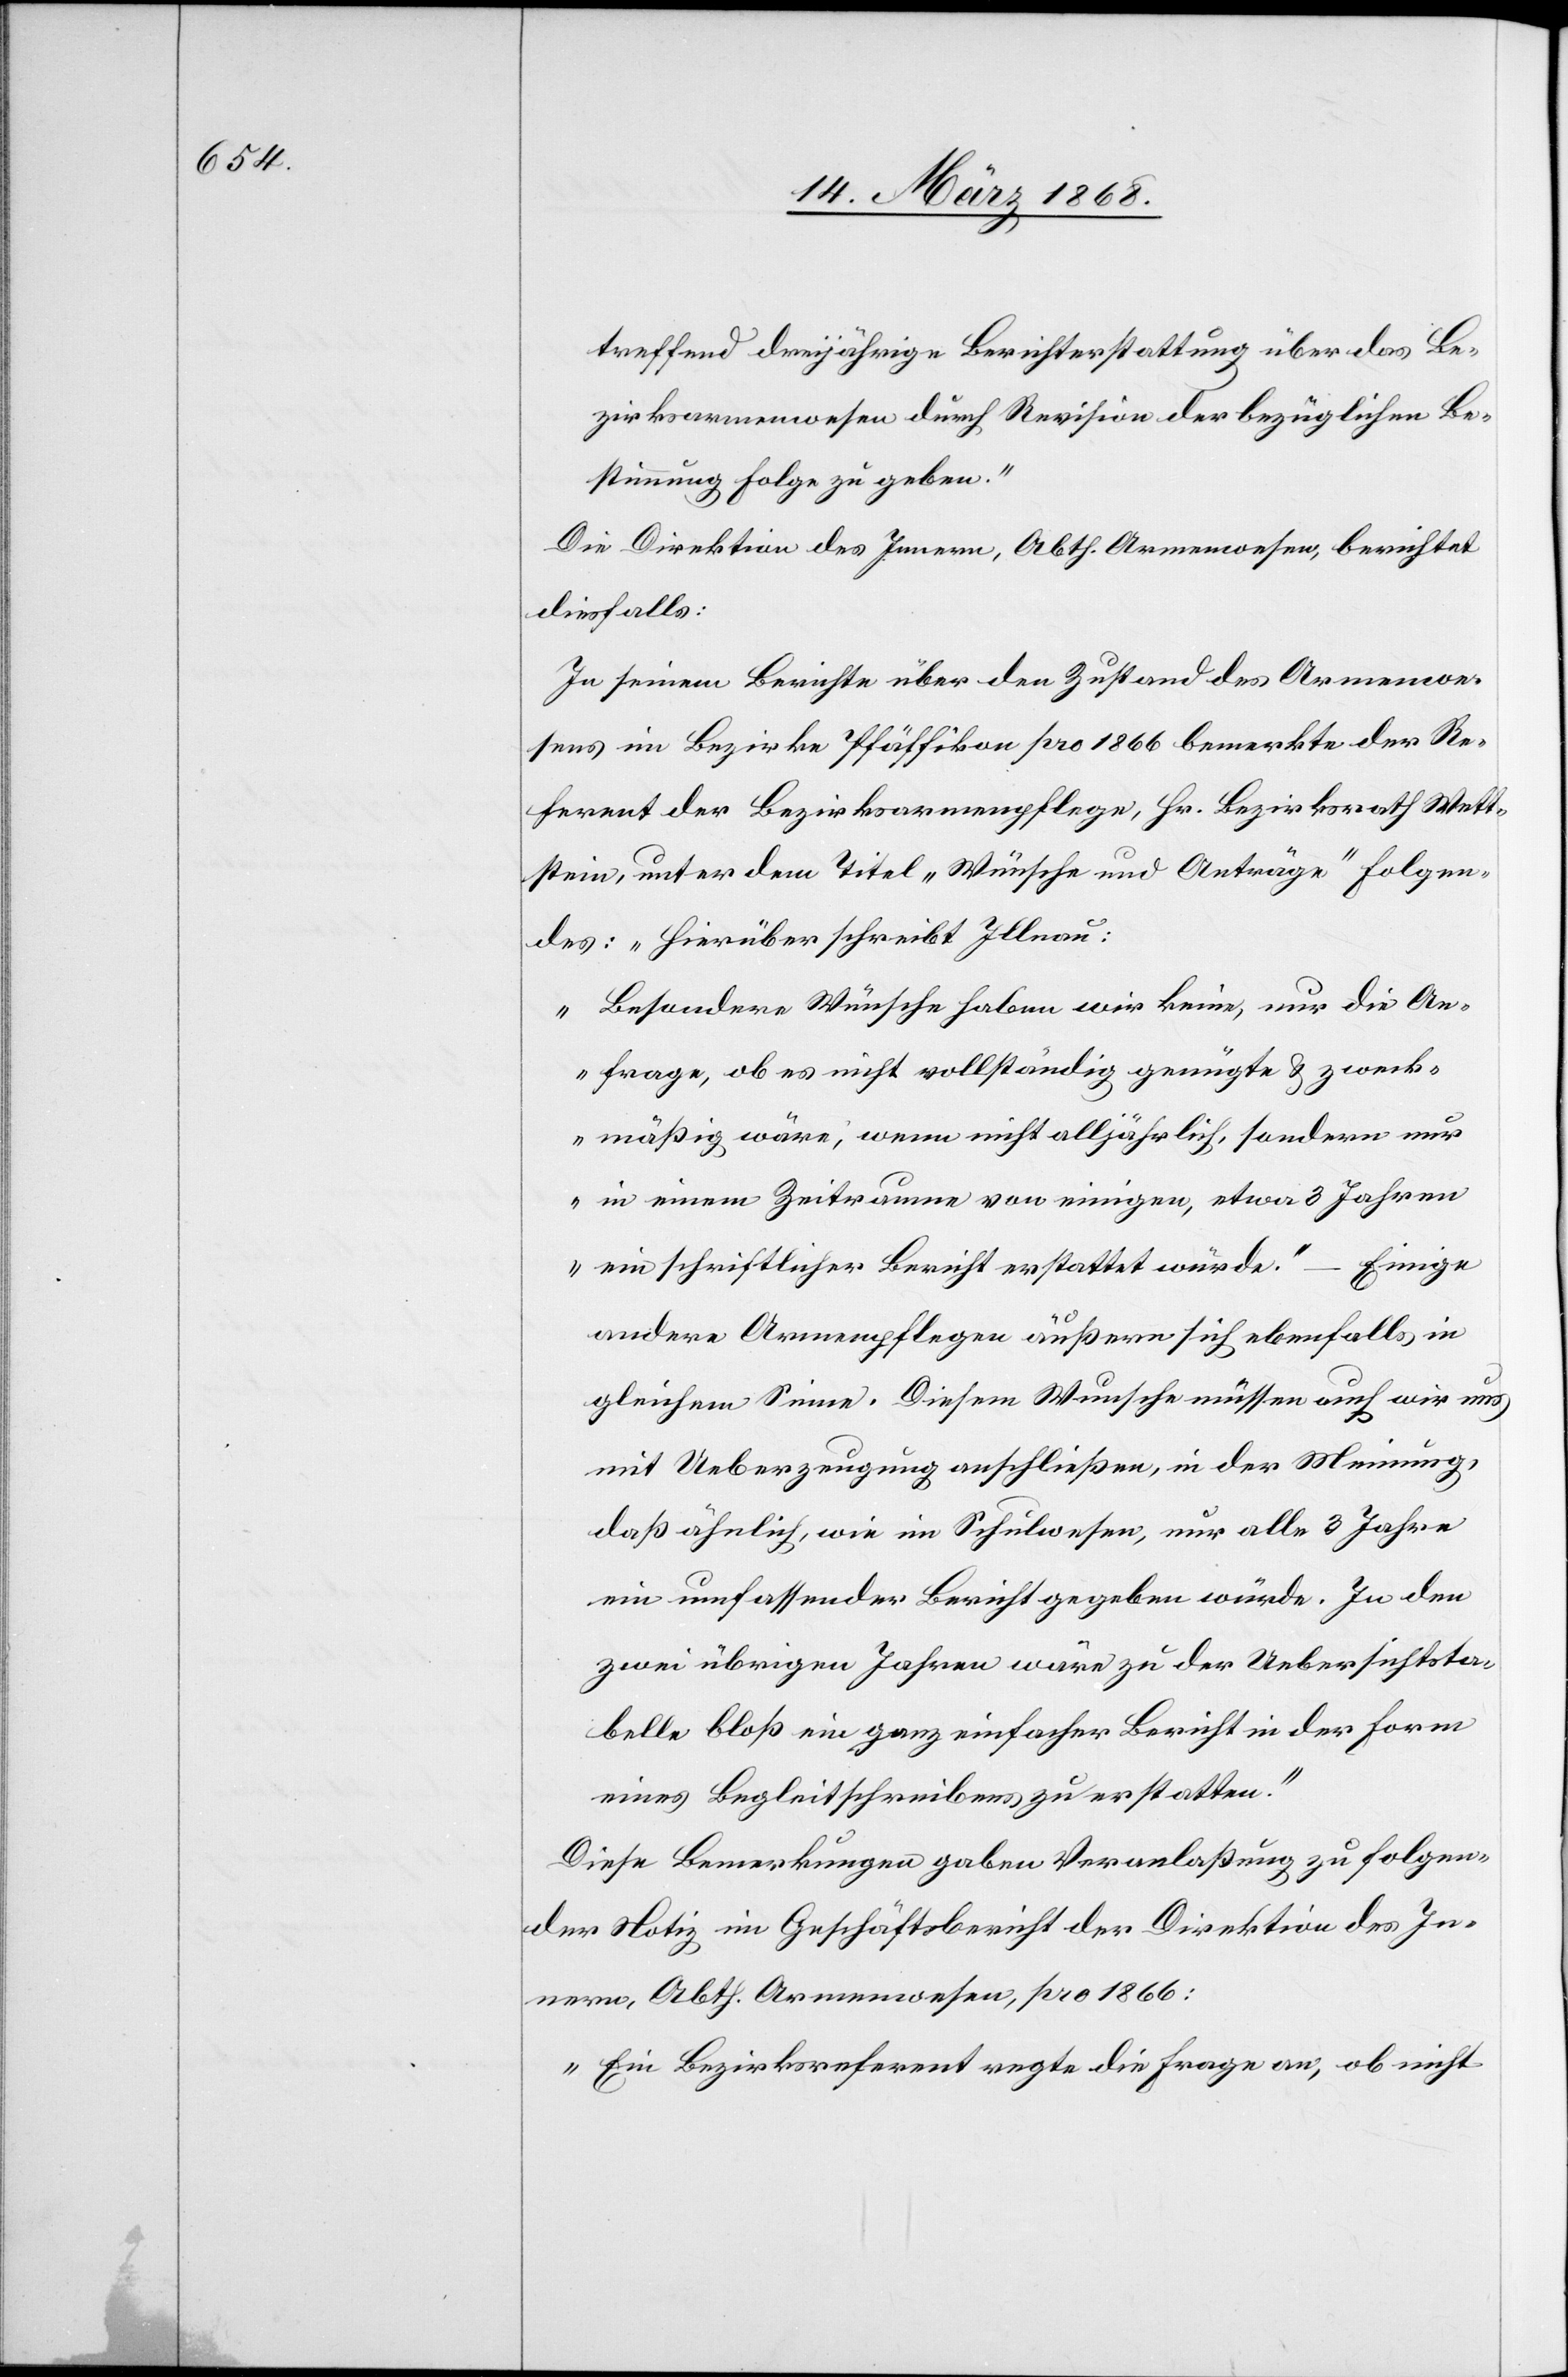
treffend dreijährige Berichterstattung über das Be¬
zirksarmenwesen durch Revision der bezüglichen Be¬
stimmung Folge zu geben.“
Die Direktion des Innern, Abth. Armenwesen, berichtet
diesfalls:
In seinem Berichte über den Zustand des Armenwe¬
sens im Bezirke Pfäffikon pro 1866 bemerkte der Re¬
ferent der Bezirksarmenpflege, Hr. Bezirksrath Wett¬
stein, unter dem Titel „Wünsche und Anträge“ Folgen¬
des: „Hierüber schreibt Illnau:
‚Besondere Wünsche haben wir keine, nur die An¬
frage, ob es nicht vollständig genügte & zweck¬
mäßig wäre, wenn nicht alljährlich, sondern nur
in einem Zeitraume von einigen, etwa 3 Jahren
ein schriftlicher Bericht erstattet würde.‘ – Einige
andere Armenpflegen äußern sich ebenfalls in
gleichem Sinne. Diesem Wunsche müssen auch wir uns
mit Ueberzeugung anschließen, in der Meinung,
daß ähnlich wie im Schulwesen, nur alle 3 Jahre
ein umfassender Bericht gegeben würde. In den
zwei übrigen Jahren wäre zu der Uebersichtsta¬
belle bloß ein ganz einfacher Bericht in der Form
eines Begleitschreibens zu erstatten.“
Diese Bemerkungen gaben Veranlaßung zu folgen¬
der Notiz im Geschäftsbericht der Direktion des In¬
nern, Abth. Armenwesen, pro 1866:
„Ein Bezirksreferent regte die Frage an, ob nicht